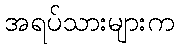
အရပ်သားများက